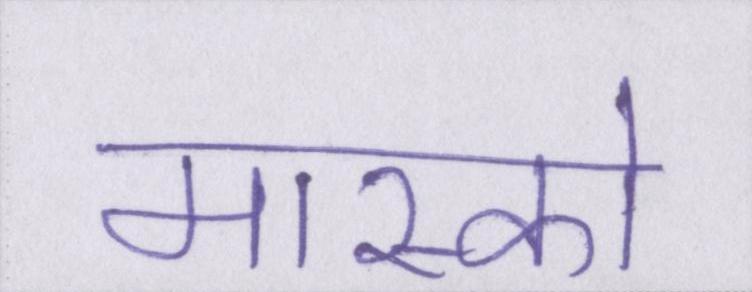
मास्को